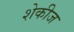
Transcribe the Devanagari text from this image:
शेकीज